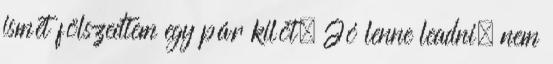
ismét fölszedtem egy pár kilót. Jó lenne leadni, nem